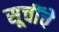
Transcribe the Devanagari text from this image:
सूचींचे